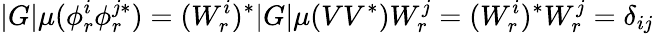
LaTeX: |G|\mu(\phi_{r}^{i}\phi_{r}^{j*})=(W_{r}^{i})^{*}|G|\mu(VV^{*})W_{r}^{j}=(W_{r}^{i})^{*}W_{r}^{j}=\delta_{ij}